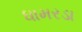
ધામરડા